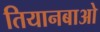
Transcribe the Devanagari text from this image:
तियानबाओ